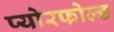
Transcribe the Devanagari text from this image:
प्योरफोल्ड